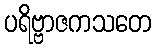
ပရိဗ္ဗာဇကသတေ